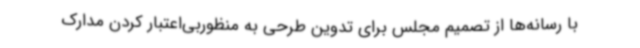
با رسانه‌ها از تصمیم مجلس برای تدوین طرحی به منظوربی‌اعتبار کردن مدارک